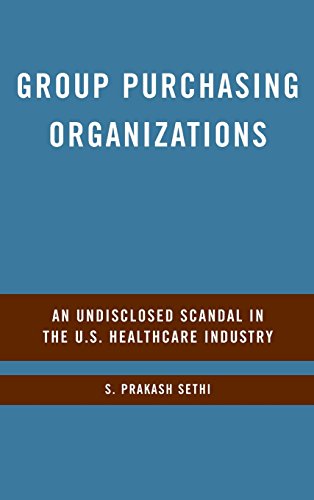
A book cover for Group Purchasing Organizations: An Undisclosed Scandal in the U.S. Healthcare Industry; S. Prakash Sethi; Business & Money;